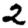
Digit: 2